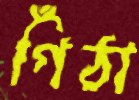
গিঁঠা